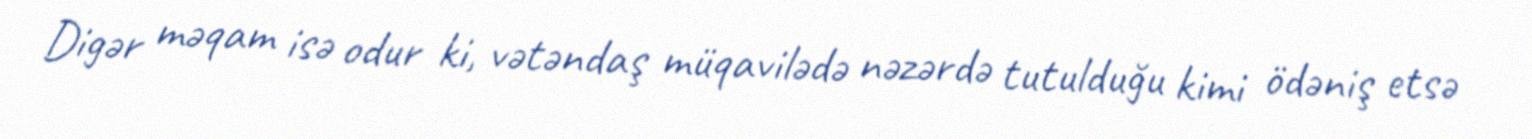
Digər məqam isə odur ki, vətəndaş müqavilədə nəzərdə tutulduğu kimi ödəniş etsə